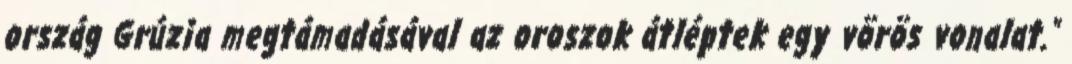
ország Grúzia megtámadásával az oroszok átléptek egy vörös vonalat."